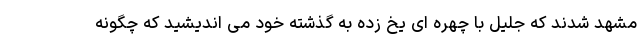
مشهد شدند که جلیل با چهره ای یخ زده به گذشته خود می اندیشید که چگونه